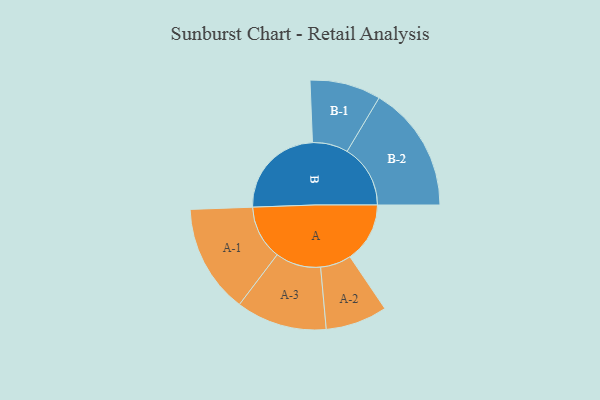
{"axis": {"x": "Segment", "y": "Value"}, "legend": ["", "A", "B"], "data": [{"x": "A", "y": 194, "type": ""}, {"x": "B", "y": 311, "type": ""}, {"x": "A-1", "y": 176, "type": "A"}, {"x": "A-2", "y": 100, "type": "A"}, {"x": "A-3", "y": 147, "type": "A"}, {"x": "B-1", "y": 115, "type": "B"}, {"x": "B-2", "y": 205, "type": "B"}]}